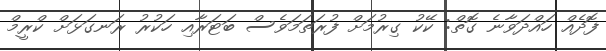
ފޮދެއް ހައްދަވާނެ ގޮތް: ކޭކު ގިރުމަށް ފުރަތަމަވެސް ބަޓަރާއި ހަކުރު ރަނގަޅަށް ކްރީމް